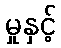
မှုနှင့်